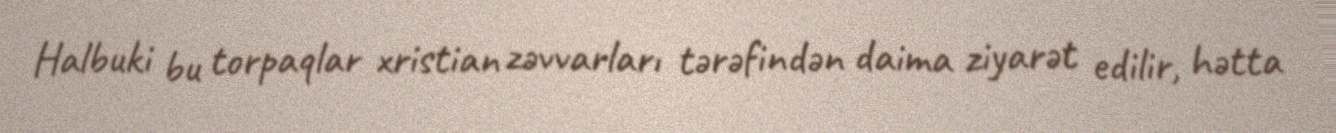
Halbuki bu torpaqlar xristian zəvvarları tərəfindən daima ziyarət edilir, hətta